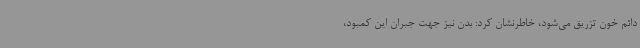
دائم خون تزریق می‌شود، خاطرنشان کرد: بدن نیز جهت جبران این کمبود،